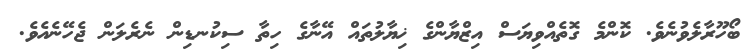
ބޯހޫރާލެވުނެވެ. ކޮންމެ ގޮތެއްވިޔަސް އިޒްޔާންގެ ޚިޔާލުތައް އޭނާގެ ހިތާ ސިކުނޑިން ނެރެލަން ޖެހޭނެއެވެ.